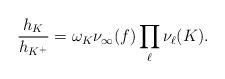
LaTeX: \begin{align*}\frac{h_K}{h_{K^+}} = \omega_K \nu_\infty(f) \prod_\ell \nu_\ell(K).\end{align*}